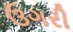
ઉગરી